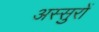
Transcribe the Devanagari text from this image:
अस्सुरों